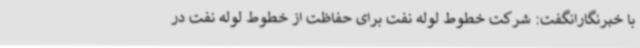
با خبرنگارانگفت: شرکت خطوط لوله نفت برای حفاظت از خطوط لوله نفت در